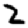
Digit: 2